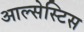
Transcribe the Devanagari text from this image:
आल्सेस्टिस